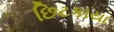
છિટકાયા